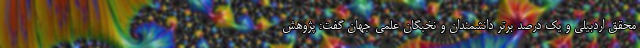
محقق اردبیلی و یک درصد برتر دانشمندان و نخبگان علمی جهان گفت: پژوهش